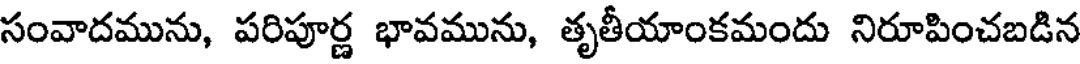
సంవాదమును, పరిపూర్ణ భావమును, తృతీయాంకమందు నిరూపించబడిన